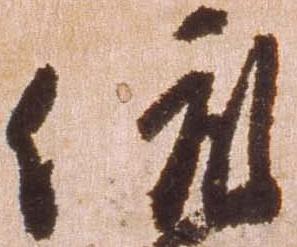
依